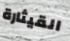
القيثارة